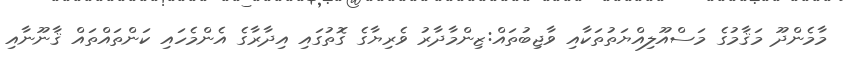
މާމެންދޫ މަޤާމުގެ މަސްއޫލިއްޔަތުތަކާއި ވާޖިބުތައް:ޒިންމާދާރު ވެރިޔާގެ ގޮތުގައި އިދާރާގެ އެންމެހައި ކަންތައްތައް ޤާނޫނާއި